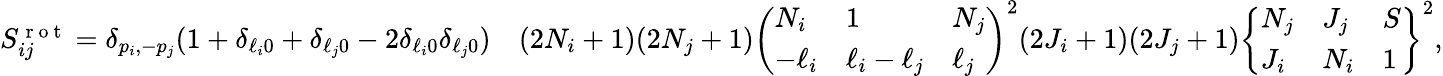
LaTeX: \begin{array}{rl}{S_{ij}^{\mathrm{~r~o~t~}}=\delta_{p_{i},-p_{j}}(1+\delta_{\ell_{i}0}+\delta_{\ell_{j}0}-2\delta_{\ell_{i}0}\delta_{\ell_{j}0})}&{{}(2N_{i}+1)(2N_{j}+1)\left(\begin{array}{lll}{N_{i}}&{1}&{N_{j}}\\ {-\ell_{i}}&{\ell_{i}-\ell_{j}}&{\ell_{j}}\end{array}\right)^{2}(2J_{i}+1)(2J_{j}+1)\left\{ \begin{array}{lll}{N_{j}}&{J_{j}}&{S}\\ {J_{i}}&{N_{i}}&{1}\end{array}\right\} ^{2},}\end{array}